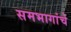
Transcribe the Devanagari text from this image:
समभागांचे